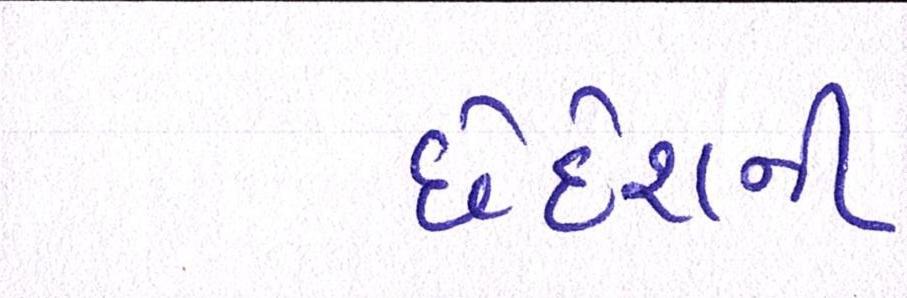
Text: છેદેશની